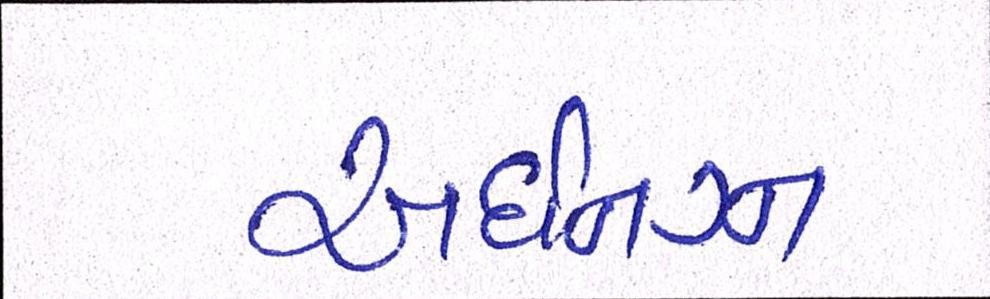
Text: અર્ધનગ્ન